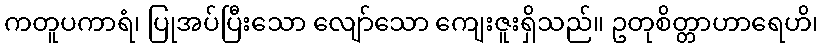
ကတူပကာရံ၊ ပြုအပ်ပြီးသော လျော်သော ကျေးဇူးရှိသည်။ ဥတုစိတ္တာဟာရေဟိ၊